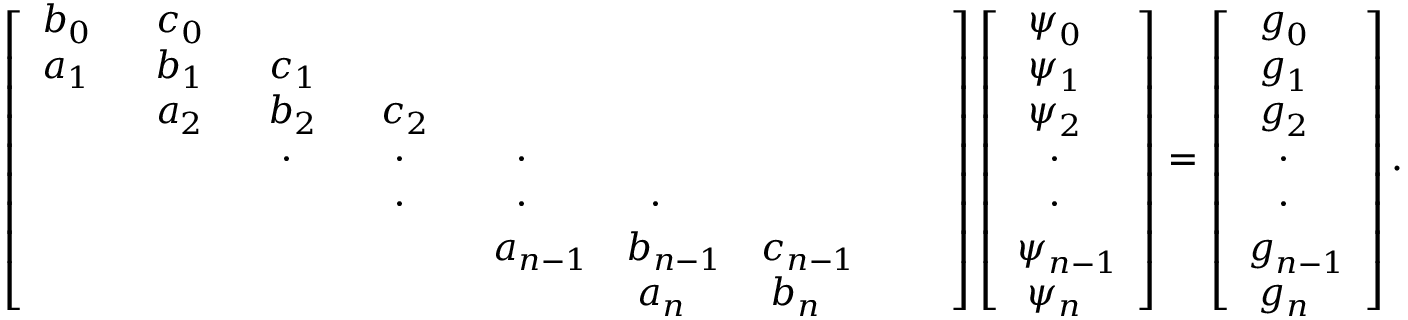
\left[ \begin{array} { c c c c c c c c c } { b _ { 0 ~ ~ } } & { c _ { 0 ~ ~ } } & & & & & & & \\ { a _ { 1 ~ ~ } } & { b _ { 1 ~ ~ } } & { c _ { 1 ~ ~ } } & & & & & & \\ & { a _ { 2 ~ ~ } } & { b _ { 2 ~ ~ } } & { c _ { 2 ~ ~ } } & & & & & \\ & & { \cdot { ~ ~ ~ } } & { \cdot { ~ ~ ~ } } & { \cdot { ~ ~ ~ } } & & & & \\ & & & { \cdot { ~ ~ ~ } } & { \cdot { ~ ~ ~ } } & { \cdot { ~ ~ ~ } } & & & \\ & & & & { a _ { n - 1 } } & { b _ { n - 1 } } & { c _ { n - 1 } } & & \\ & & & & & { a _ { n ~ ~ } } & { b _ { n ~ ~ } } \end{array} \right] \left[ { \begin{array} { c } { \psi _ { 0 ~ ~ } ^ { ~ } } \\ { \psi _ { 1 ~ ~ } ^ { ~ } } \\ { \psi _ { 2 ~ ~ } ^ { ~ } } \\ { ~ \cdot _ { ~ ~ ~ } } \\ { ~ \cdot _ { ~ ~ ~ } } \\ { \psi _ { n - 1 } ^ { ~ } } \\ { \psi _ { n ~ ~ } ^ { ~ } } \end{array} } \right] = \left[ { \begin{array} { c } { g _ { 0 ~ ~ } ^ { ~ } } \\ { g _ { 1 ~ ~ } ^ { ~ } } \\ { g _ { 2 ~ ~ } ^ { ~ } } \\ { ~ \cdot _ { ~ ~ ~ } } \\ { ~ \cdot _ { ~ ~ ~ } } \\ { g _ { n - 1 } ^ { ~ } } \\ { g _ { n ~ ~ } ^ { ~ } } \end{array} } \right] .